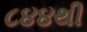
૮૪૪થી